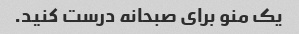
یک منو برای صبحانه درست کنید.